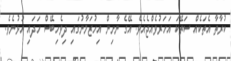
ކުރާތާ އެތަކެއް ސަތޭކަ އަހަރުވެއްޖެއެވެ. އޭގެ ނާށިން އިހުޒަމާނުގައި ދިވެހިބޭސް ހަދައި އުޅުނެވެ.